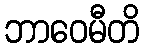
ဘာဝေမီတိ